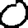
Digit: 0